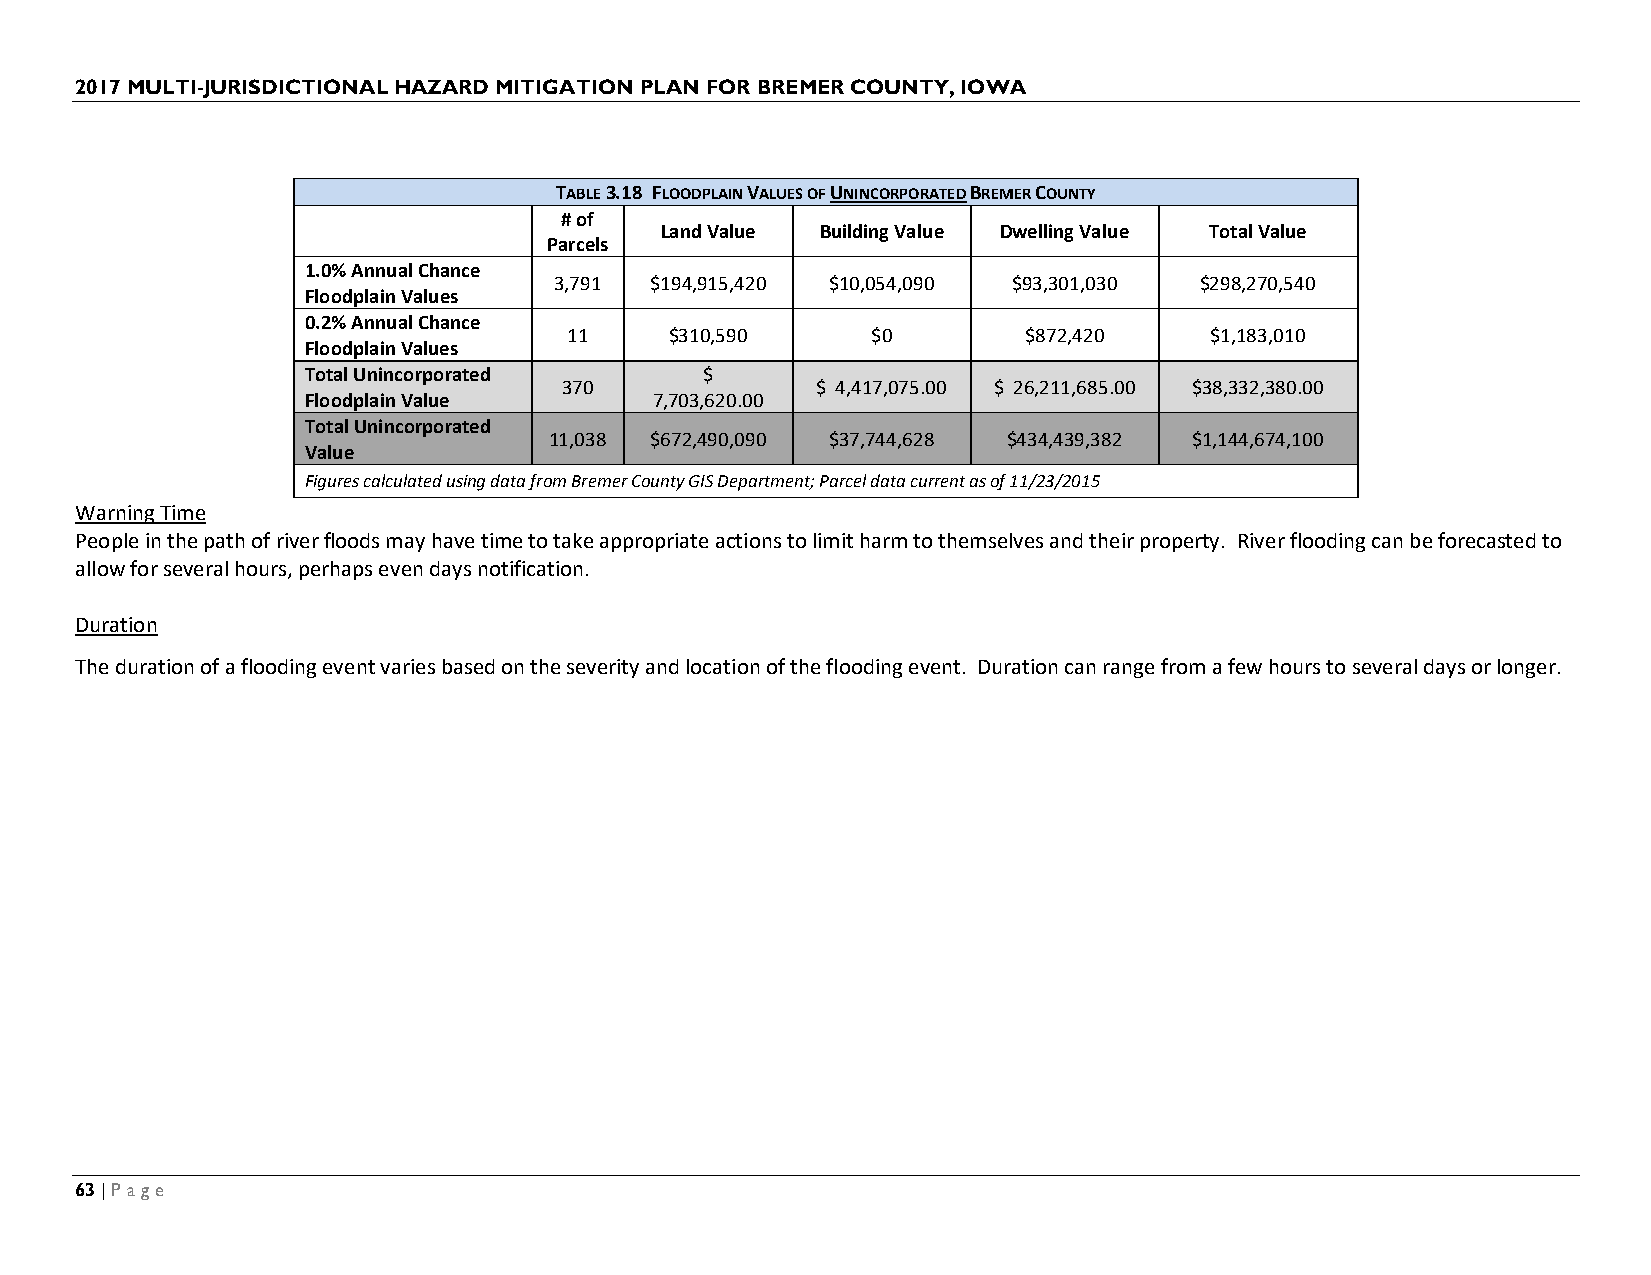
2017 MULTI-JURISDICTIONAL HAZARD MITIGATION PLAN FOR BREMER COUNTY, IOWA
 TABLE 3.18 FLOODPLAIN VALUES OF UNINCORPORATED BREMER COUNTY
 # of
 Land Value Building Value Dwelling Value Total Value
 Parcels
 1.0% Annual Chance
 3,791 $194,915,420 $10,054,090 $93,301,030 $298,270,540
 Floodplain Values
 0.2% Annual Chance
 11    $310,590      $0        $872,420    $1,183,010
 Floodplain Values
 Total Unincorporated       $
 370              $ 4,417,075.00 $ 26,211,685.00 $38,332,380.00
 Floodplain Value       7,703,620.00
 Total Unincorporated
 11,038 $672,490,090 $37,744,628 $434,439,382 $1,144,674,100
 Value
 Figures calculated using data from Bremer County GIS Department; Parcel data current as of 11/23/2015
 Warning Time
 People in the path of river floods may have time to take appropriate actions to limit harm to themselves and their property. River flooding can be forecasted to
 allow for several hours, perhaps even days notification.
 Duration
 The duration of a flooding event varies based on the severity and location of the flooding event. Duration can range from a few hours to several days or longer.
 63 | Page